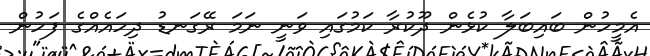
އެމީހުން ބައިބަލާ ކުޅެން ދޫކުރާ ކަމުގައި ވަނީ ނަމަ ރޭގަނޑު ދިހައެއްގެ ފަހުން